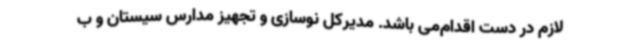
لازم در دست اقدام‌می باشد. مدیرکل نوسازی و تجهیز مدارس سیستان و ب